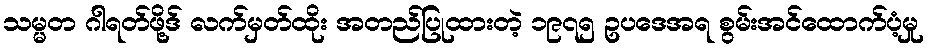
သမ္မတ ဂါရတ်ဖို့ဒ် လက်မှတ်ထိုး အတည်ပြုထားတဲ့ ၁၉၇၅ ဥပဒေအရ စွမ်းအင်ထောက်ပံ့မှု